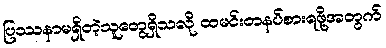
ပြဿနာမရှိတဲ့သူတွေရှိသလို ထမင်းတနပ်စားရဖို့အတွက်